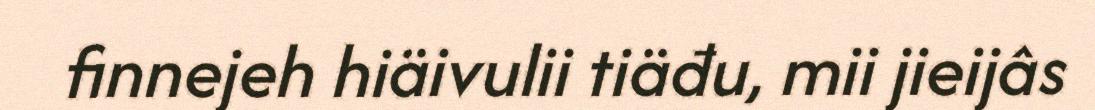
finnejeh hiäivulii tiäđu, mii jieijâs